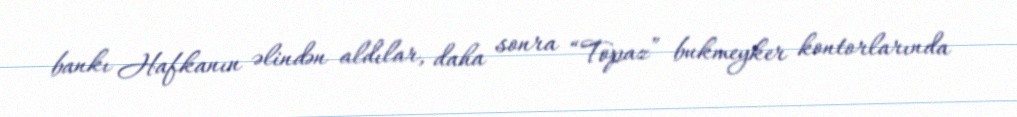
bankı Hafkanın əlindən aldılar, daha sonra “Topaz” bukmeyker kontorlarında